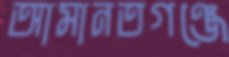
আমানতগঞ্জে